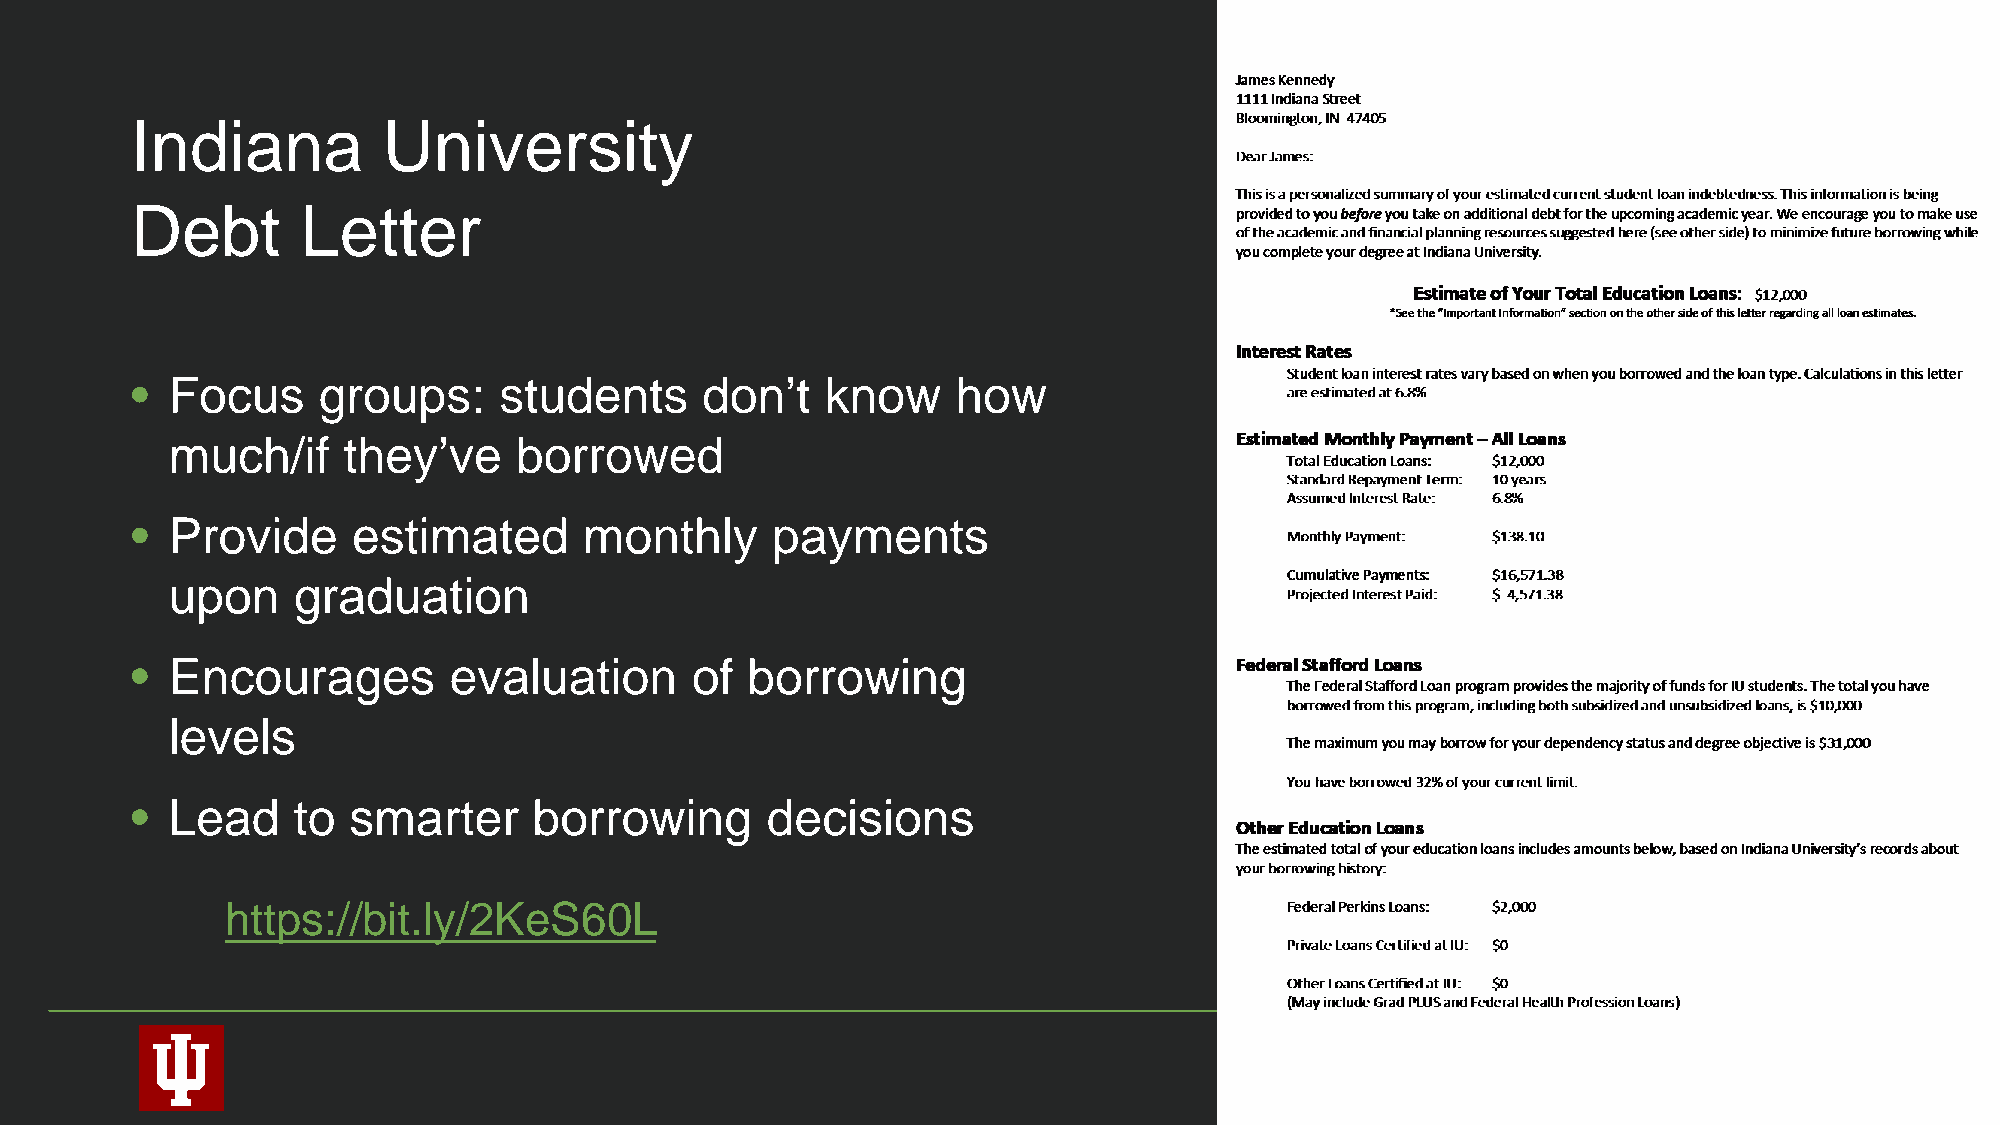
Indiana         University
 Debt       Letter
 • Focus     groups:     students     don’t    know    how
 much/if     they’ve    borrowed
 • Provide     estimated       monthly     payments
 upon    graduation
 • Encourages         evaluation      of borrowing
 levels
 • Lead    to  smarter     borrowing       decisions
 https://bit.ly/2KeS60L